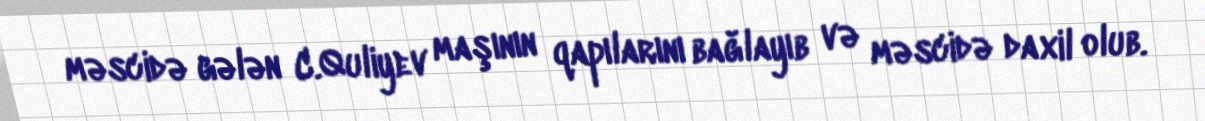
məscidə gələn C.Quliyev maşının qapılarını bağlayıb və məscidə daxil olub.